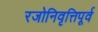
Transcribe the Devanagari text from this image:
रजोनिवृत्तिपूर्व